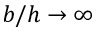
b / h \rightarrow \infty